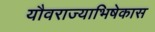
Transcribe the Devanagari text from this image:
यौवराज्याभिषेकास